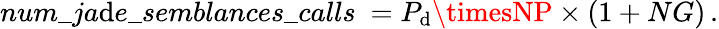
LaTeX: num\_ ja\mathrm{d}e\_ semblances\_ calls\ =P_{\mathrm{d}}\timesNP\times(1+NG)\, .